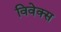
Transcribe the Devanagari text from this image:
विवेक्स